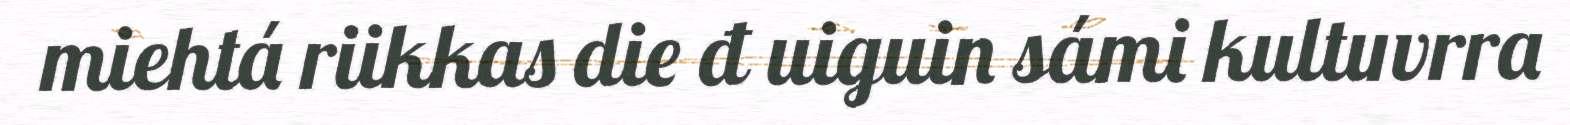
miehtá riikkas die đ uiguin sámi kultuvrra